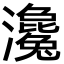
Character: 瀺